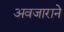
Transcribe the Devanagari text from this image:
अवजाराने